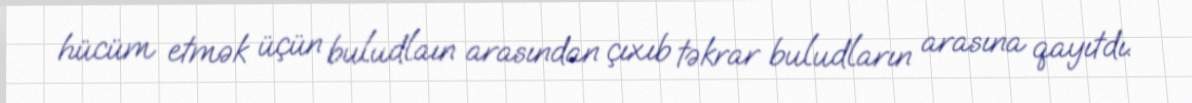
hücüm etmək üçün buludlaın arasından çıxıb təkrar buludların arasına qayıtdı.